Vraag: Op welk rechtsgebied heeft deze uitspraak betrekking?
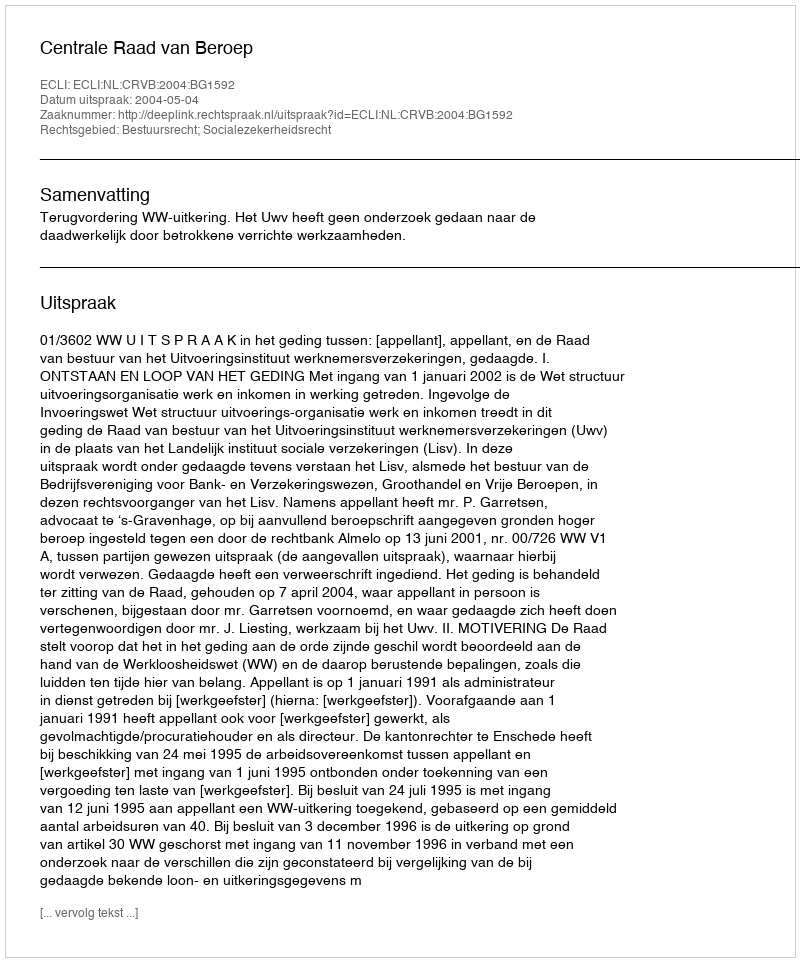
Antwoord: Bestuursrecht; Socialezekerheidsrecht